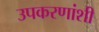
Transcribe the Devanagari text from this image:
उपकरणांशी